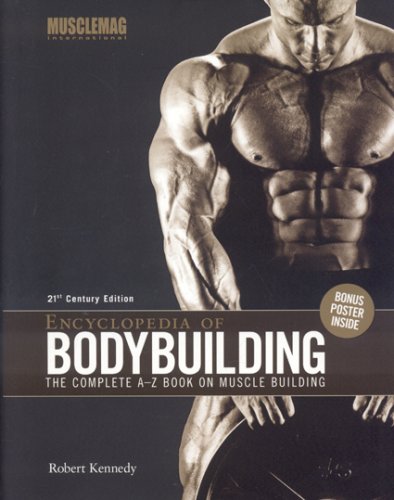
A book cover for Encyclopedia of Bodybuilding: The Complete A-Z Book on Muscle Building; Robert Kennedy; Health, Fitness & Dieting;